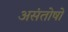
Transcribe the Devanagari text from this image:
असंतोषों